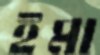
ইমা